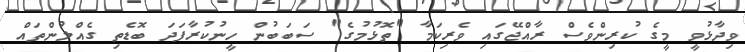
ވިދާޅުވީ މީގެ ކުރިންވެސް ރާއްޖޭގައި ވެރިކަމާ "ތޮޅުމުގެ" ސަބަބުން ހީނުކުރާފަދަ ބޮޑެތި ގެއްލުންތައް